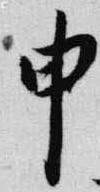
申